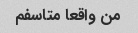
من واقعا متاسفم